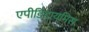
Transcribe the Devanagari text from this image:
एपीडिडायमिस